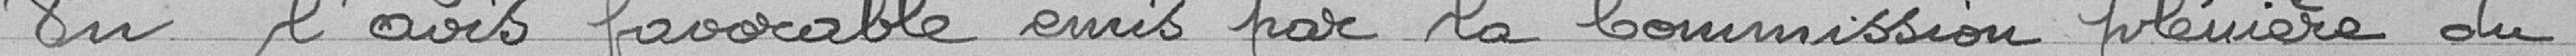
Vu l'avis favorable émis par la Commission plénière du